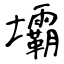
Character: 壩